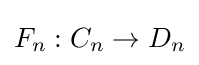
F_{n}:C_{n}\to D_{n}